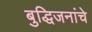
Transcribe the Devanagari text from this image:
बुद्धिजनांचे